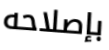
بإصلاحه